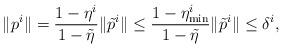
LaTeX: \begin{align*}\| p^{i}\|= \frac{1-\eta^{i}}{1-\tilde{\eta}} \| \tilde{p}^{i}\|\leq \frac{1-\eta_{\textrm{min}}^i}{1-\tilde{\eta}} \| \tilde{p}^{i}\|\leq \delta^i,\end{align*}